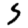
Digit: 5